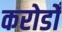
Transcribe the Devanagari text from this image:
करोडोँ